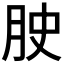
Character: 𭨮